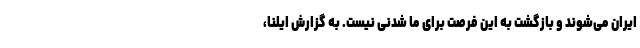
ایران می‌شوند و بازگشت به این فرصت برای ما شدنی نیست. به گزارش ایلنا،